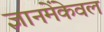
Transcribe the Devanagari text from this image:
ज्ञानमेंकेवल